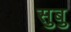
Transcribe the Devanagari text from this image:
सुबु